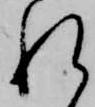
れ